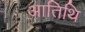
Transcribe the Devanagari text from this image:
आतिथि